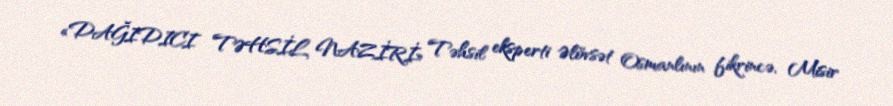
«DAĞIDICI TƏHSİL NAZİRİ» Təhsil eksperti Əlövsət Osmanlının fikrincə, Misir